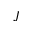
J